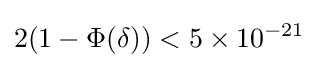
2(1-\Phi (\delta ))<5\times 10^{-21}